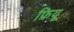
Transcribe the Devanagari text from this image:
फ्रियू